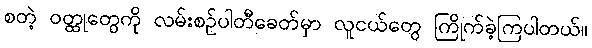
စတဲ့ ဝတ္ထုတွေကို လမ်းစဉ်ပါတီခေတ်မှာ လူငယ်တွေ ကြိုက်ခဲ့ကြပါတယ်။